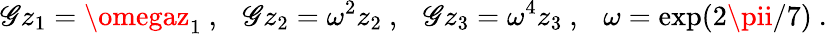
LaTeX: \mathscr{G}z_{1}=\omegaz_{1}~,~~~\mathscr{G}z_{2}=\omega^{2}z_{2}~,~~~\mathscr{G}z_{3}=\omega^{4}z_{3}~,~~~\omega=\exp(2\pii/7)~.